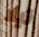
تيلا